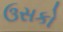
ઉસકો